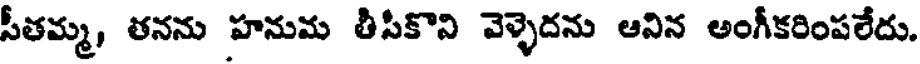
సీతమ్మ, తనను హనుమ తీసీకొని వెళ్ళెదను ఆనిన అంగీకరింపలేదు.